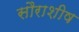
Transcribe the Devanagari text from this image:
सौराशीष